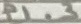
Text: P1.3